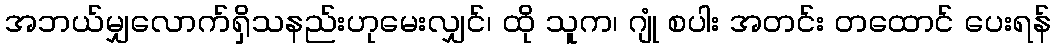
အဘယ်မျှလောက်ရှိသနည်းဟုမေးလျှင်၊ ထို သူက၊ ဂျုံ စပါး အတင်း တထောင် ပေးရန်